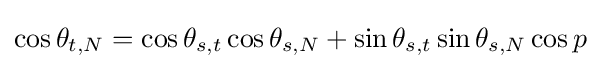
\cos \theta _{t,N}=\cos \theta _{s,t}\cos \theta _{s,N}+\sin \theta _{s,t}\sin \theta _{s,N}\cos p